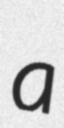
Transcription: a